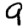
Digit: 9